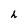
Character: h